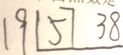
1 9 1 5 7 3 8